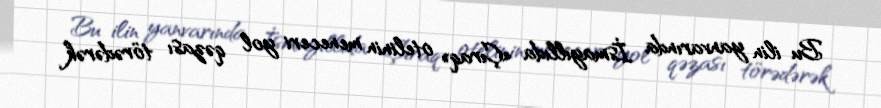
Bu ilin yanvarında İsmayıllıda «Çıraq» otelinin meneceri yol qəzası törədərək